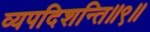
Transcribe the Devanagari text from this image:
व्यपदिशन्ति॥९॥